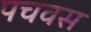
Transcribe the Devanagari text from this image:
पचवस